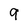
Character: 9